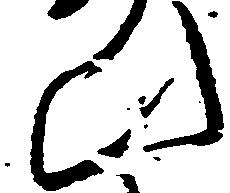
ひ